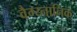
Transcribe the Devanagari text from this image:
वैग्य्नानिक